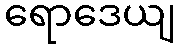
ရောဒေယျ